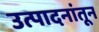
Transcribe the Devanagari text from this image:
उत्पादनांतून